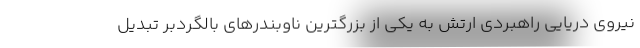
نیروی دریایی راهبردی ارتش به یکی از بزرگترین ناوبندرهای بالگردبر تبدیل